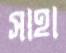
সাহা